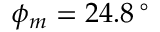
\phi _ { m } = 2 4 . 8 \, ^ { \circ }